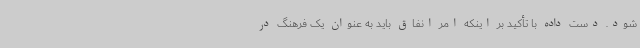
شود. دست داده با تأکید بر اینکه امر انفاق باید به عنوان یک فرهنگ در